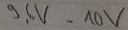
Text: 9,6V-10V